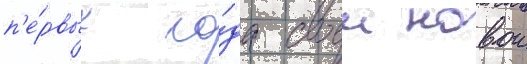
п'е́рвых го́да своеи новои